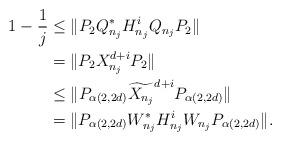
LaTeX: \begin{align*}1-\frac{1}{j} &\leq \Vert P_2 Q_{n_j}^*H_{n_j}^iQ_{n_j} P_2\Vert \\&= \Vert P_2 X_{n_j}^{d+i} P_2\Vert \\&\leq \Vert P_{\alpha(2,2d)} \widetilde{X_{n_j}}^{d+i} P_{\alpha(2,2d)} \Vert \\&= \Vert P_{\alpha(2,2d)} W_{n_j}^*H_{n_j}^iW_{n_j} P_{\alpha(2,2d)} \Vert . \end{align*}